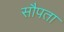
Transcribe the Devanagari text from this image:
सौपता